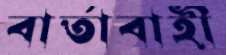
বার্তাবাহী